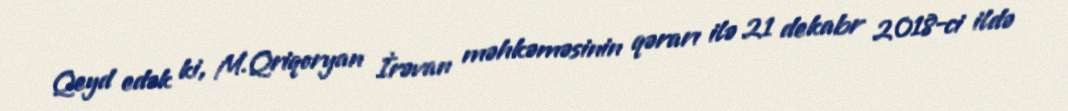
Qeyd edək ki, M.Qriqoryan İrəvan məhkəməsinin qərarı ilə 21 dekabr 2018-ci ildə